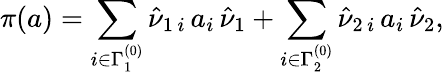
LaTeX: \pi(a)=\sum_{i\in\Gamma_{1}^{(0)}}\hat{\nu}_{1\, i}\, a_{i}\, \hat{\nu}_{1}+\sum_{i\in\Gamma_{2}^{(0)}}\hat{\nu}_{2\, i}\, a_{i}\, \hat{\nu}_{2},